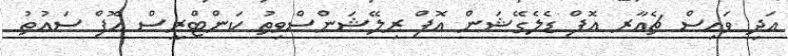
އަދި ވައިސް ޗެއާރ އޮފް ޑެލެގޭޝަން އޮފް ރިލޭޝަންސްވިތު ކަންޓްރީސް އޮފް ސައުތު